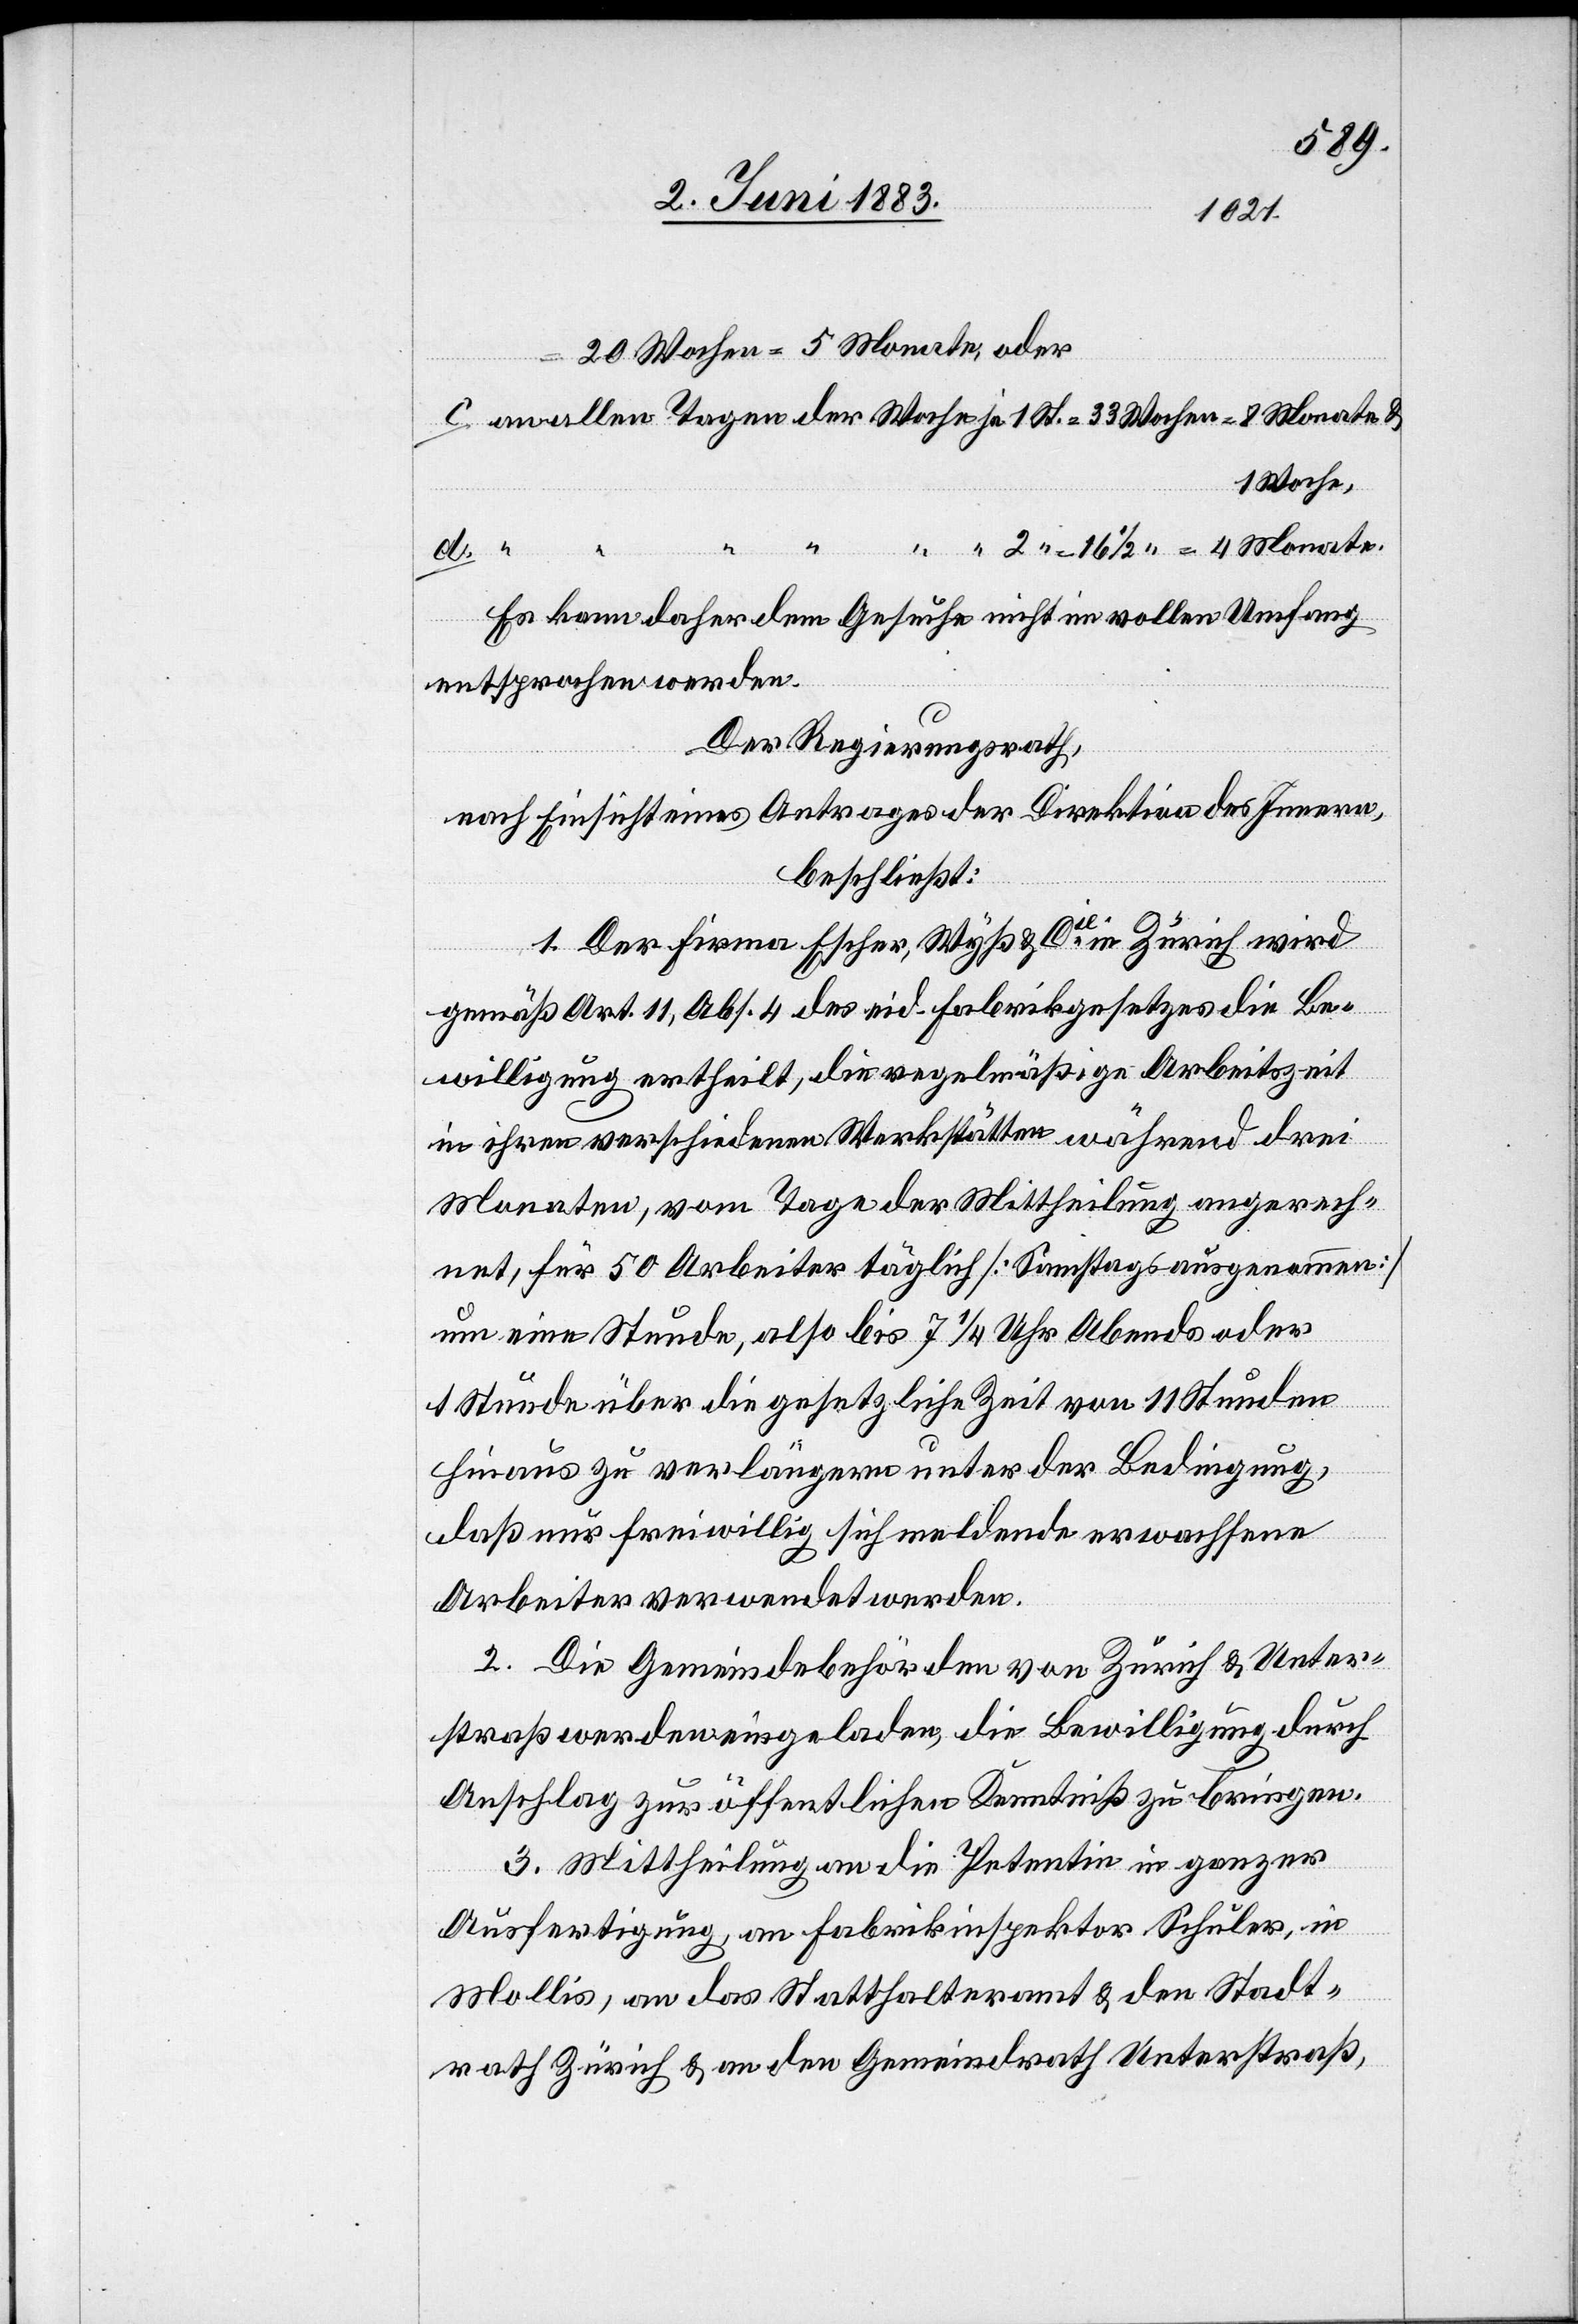
20 Wochen = 5 Monate, oder
c. an allen Tagen der Wache je 1 Std. = 33 Wochen = 8 Monate &
1 Woche,
d.
“ 2 “ = 16 1/2 “ = 4 Monate.
Es kann daher dem Gesuche nicht im vollen Umfang
entsprochen werden.
Der Regierungsrath,
nach Einsicht eines Antrages der Direktion des Innern,
beschließt:
1. Der Firma Escher, Wyß & Cie in Zürich wird
gemäß Art. 11, Abs. 4 des eid. Fabrikgesetzes die Be¬
willigung ertheilt, die regelmäßige Arbeitszeit
in ihren verschiedenen Werkstätten während drei
Monaten, vom Tage der Mittheilung angerech¬
net, für 50 Arbeiter täglich [Samstag ausgenommen]
um eine Stunde, also bis 7 1/4 Uhr Abends oder
1 Stunde über die gesetzliche Zeit von 11 Stunden
hinaus zu verlängern unter der Bedingung,
daß nur freiwillig sich meldende erwachsene
Arbeiter verwendet werden.
2. Die Gemeindebehörden von Zürich & Unter¬
straß werden eingeladen, die Bewilligung durch
Anschlag zur öffentlichen Kenntniß zu bringen.
3. Mittheilung an die Petentin in ganzer
Ausfertigung, an Fabrikinspektor Schuler, in
Mollis, an das Statthalteramt & den Stadt¬
rath Zürich & an den Gemeindrath Unterstraß,